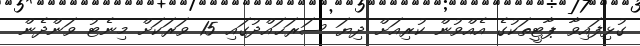
ގުޅިފައިވާ ޕާޓީތަކުގެ އެއްވުން ކުރިއަށް ދިޔަ ސަރަޙައްދުގައި 15 ވަރަކަށް މިނެޓު ވަންދެން